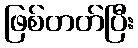
ဖြစ်တတ်ပြီး